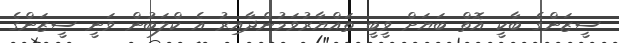
ސީޒަންގެ ބާކީ އޮތް ބަޔަށް ވީބީ ތައްޔާރުވަމުންދާއިރު އެ ކްލަބުން ވަނީ ސީޒަންގެ